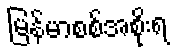
မြန်မာစစ်အစိုးရ